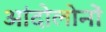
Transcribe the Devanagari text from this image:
आंदोलोनों